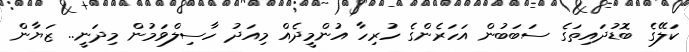
ކަލޭގެ ބޮޑުދައިތަގެ ސަބަބުން އަހަރެންގެ ހުރިހާ އުންމީދެއް މިއަދު ހާސިލްވަމުން މިދަނީ.. ޒަޔާން